Lunatic asylums Burma 1922-24 - 1922-1924
Year: 1922
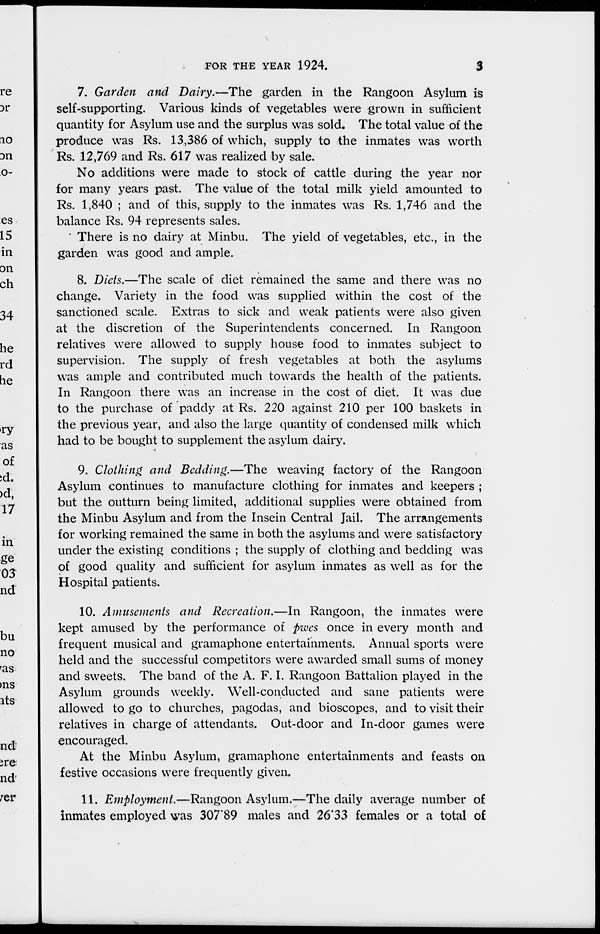
FOR THE YEAR 1924.
3
7. Garden and Dairy.—The garden in the Rangoon Asylum is
self-supporting. Various kinds of vegetables were grown in sufficient
quantity for Asylum use and the surplus was sold. The total value of the
produce was Rs. 13,386 of which, supply to the inmates was worth
Rs. 12,769 and Rs. 617 was realized by sale.
No additions were made to stock of cattle during the year nor
for many years past. The value of the total milk yield amounted to
Rs. 1,840 ; and of this, supply to the inmates was Rs. 1,746 and the
balance Rs. 94 represents sales.
There is no dairy at Minbu. The yield of vegetables, etc., in the
garden was good and ample.
8. Diets.—The scale of diet remained the same and there was no
change. Variety in the food was supplied within the cost of the
sanctioned scale. Extras to sick and weak patients were also given
at the discretion of the Superintendents concerned. In Rangoon
relatives were allowed to supply house food to inmates subject to
supervision. The supply of fresh vegetables at both the asylums
was ample and contributed much towards the health of the patients.
In Rangoon there was an increase in the cost of diet. It was due
to the purchase of paddy at Rs. 220 against 210 per 100 baskets in
the previous year, and also the large quantity of condensed milk which
had to be bought to supplement the asylum dairy.
9. Clothing and Bedding.—The weaving factory of the Rangoon
Asylum continues to manufacture clothing for inmates and keepers ;
but the outturn being limited, additional supplies were obtained from
the Minbu Asylum and from the Insein Central Jail. The arrangements
for working remained the same in both the asylums and were satisfactory
under the existing conditions ; the supply of clothing and bedding was
of good quality and sufficient for asylum inmates as well as for the
Hospital patients.
10. Amusements and Recreation.—In Rangoon, the inmates were
kept amused by the performance of pwes once in every month and
frequent musical and gramaphone entertainments. Annual sports were
held and the successful competitors were awarded small sums of money
and sweets. The band of the A. F. I. Rangoon Battalion played in the
Asylum grounds weekly. Well-conducted and sane patients were
allowed to go to churches, pagodas, and bioscopes, and to visit their
relatives in charge of attendants. Out-door and In-door games were
encouraged.
At the Minbu Asylum, gramaphone entertainments and feasts on
festive occasions were frequently given.
11. Employment.—Rangoon Asylum.—The daily average number of
inmates employed was 307.89 males and 26.33 females or a total of